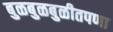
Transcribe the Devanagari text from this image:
बुळबुळबुळीतपणा